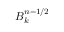
B _ { k } ^ { n - 1 / 2 }